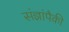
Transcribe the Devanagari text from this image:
संज्ञांपैकी